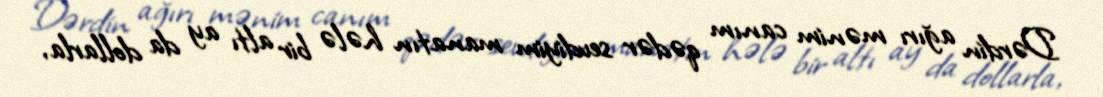
Dərdin ağırı mənim canım qədər sevdiyim manatın hələ bir altı ay da dollarla,